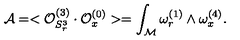
{ \cal A } = < { \cal O } _ { S _ { r } ^ { 3 } } ^ { ( 3 ) } \cdot { \cal O } _ { x } ^ { ( 0 ) } > = \int _ { \cal M } \omega _ { r } ^ { ( 1 ) } \wedge \omega _ { x } ^ { ( 4 ) } .